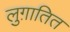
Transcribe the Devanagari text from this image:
लुग़ातित